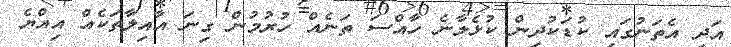
އަދި އެތަނުގައި ކުޑަކުދިން ކުޅެލާނެ ހާއްސަ ތަނެއް ހުރުމުން ގިނަ އާއިލާތަކެއް އިއްޔެ